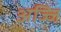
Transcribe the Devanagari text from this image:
अज्जि